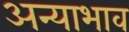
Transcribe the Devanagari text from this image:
अन्याभाव